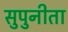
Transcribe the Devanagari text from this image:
सुपुनीता